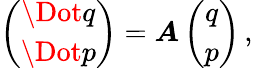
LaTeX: \begin{array}{r}{\left(\begin{array}{c}{\Dot{q}}\\ {\Dot{p}}\end{array}\right)=\boldsymbol{A}\left(\begin{array}{c}{q}\\ {p}\end{array}\right)\, ,}\end{array}